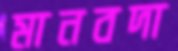
মানবদা